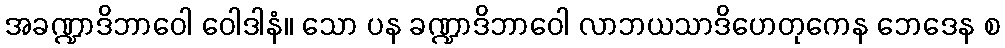
အခဏ္ဍာဒိဘာဝေါ ဝေါဒါနံ။ သော ပန ခဏ္ဍာဒိဘာဝေါ လာဘယသာဒိဟေတုကေန ဘေဒေန စ